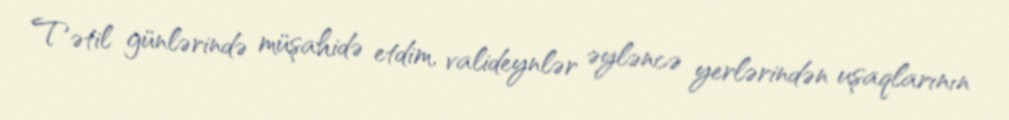
Tətil günlərində müşahidə etdim, valideynlər əyləncə yerlərindən uşaqlarının